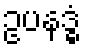
ဥပနဒ္ဓံ